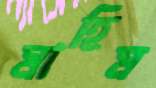
মাহিম